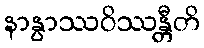
နာနွာဿဝိဿန္တီတိ